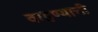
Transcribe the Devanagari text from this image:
वाहण्‍याची